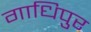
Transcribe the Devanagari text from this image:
गाधिपुर